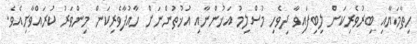
ހިތާމަޔާއި ބިރުވެރިކަން ލިބިފައިވާ ދިވެހި މުސްލިމު އަޚުންނާއި އުޚުތުންނަށް ހާއުފާވެރިކަން މިންވަރު ކުރައްވާށިއެވެ.